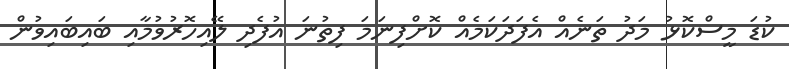
ކުޑަ މީސްކޮޅު މަދު ތަނެއް އެފަދަކަމެއް ކޮށްފިނަމަ ފިތުނަ އުފެދި ލޭއިހޮރުވުމާއި ބައިބައިވުން